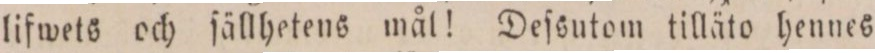
lifwets och ſällhetens mål! Deſsutom tilläto hennes